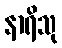
နာရိသု